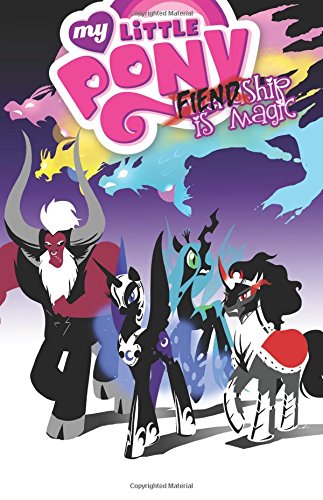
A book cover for My Little Pony: Fiendship is Magic; Jeremy Whitley; Children's Books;